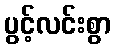
ပွင့်လင်းစွာ